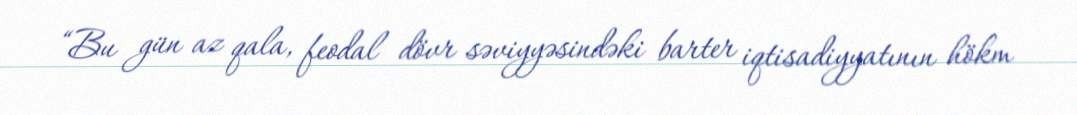
“Bu gün az qala, feodal dövr səviyyəsindəki barter iqtisadiyyatının hökm